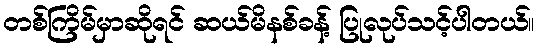
တစ်ကြိမ်မှာဆိုရင် ဆယ်မိနစ်ခန့် ပြုလုပ်သင့်ပါတယ်။